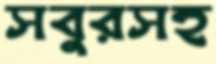
সবুরসহ